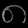
Digit: ၈